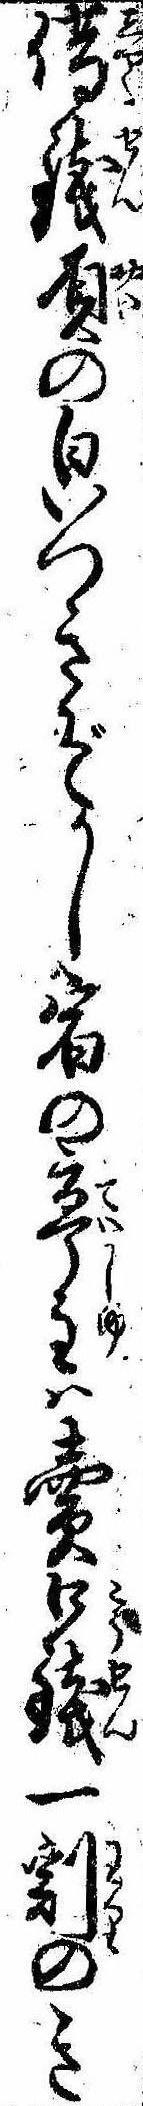
借銭屓の㒵つきぞかし宿の亭主は売口銭一割のき